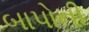
બાપોની